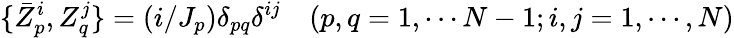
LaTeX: \{ \bar{Z}_{p}^{i},Z_{q}^{j}\} =(i/J_{p})\delta_{pq}\delta^{ij}\quad(p,q=1,\cdots N-1;i,j=1,\cdots,N)